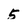
Character: 5